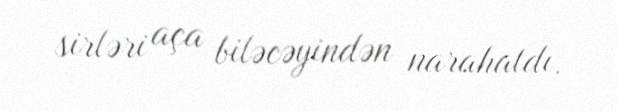
sirləri aça biləcəyindən narahatdı.